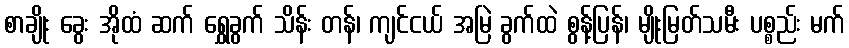
စာချိုး ခွေး အိုထံ ဆက် ရွှေခွက် သိန်း တန်၊ ကျင်ငယ် အမြဲ ခွက်ထဲ စွန့်ပြန်၊ မျိုးမြတ်သမီး ပစ္စည်း မက်